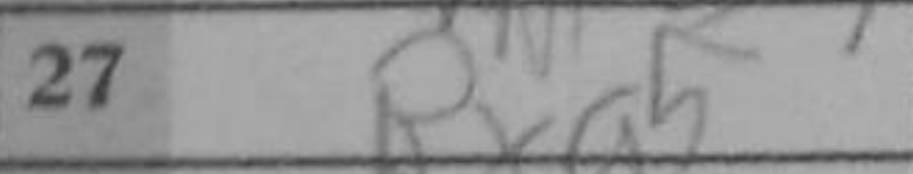
Transcription: Bxa5